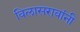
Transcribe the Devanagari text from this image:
विलासरावांनी